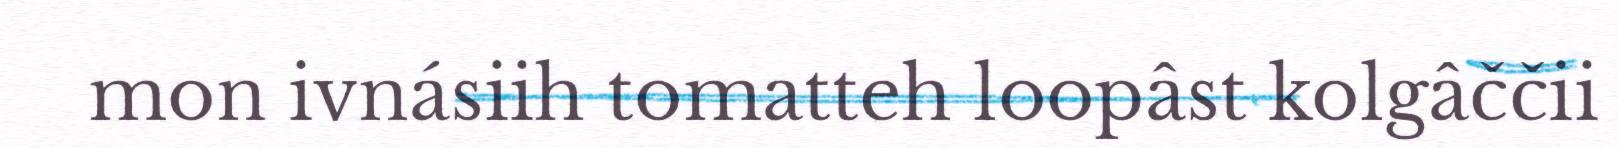
mon ivnásiih tomatteh loopâst kolgâččii